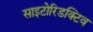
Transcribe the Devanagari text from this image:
साइटोरिडक्टिव